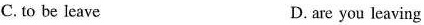
C. to be leave D. are you leaving